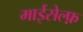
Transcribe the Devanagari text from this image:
माईसेल्फ़